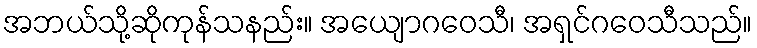
အဘယ်သို့ဆိုကုန်သနည်း။ အယျောဂဝေသီ၊ အရှင်ဂဝေသီသည်။